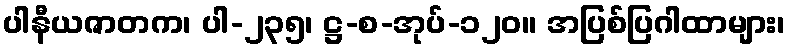
ပါနီယဇာတက၊ ပါ-၂၃၅၊ ဋ္ဌ-စ-အုပ်-၁၂၀။ အပြစ်ပြဂါထာများ၊